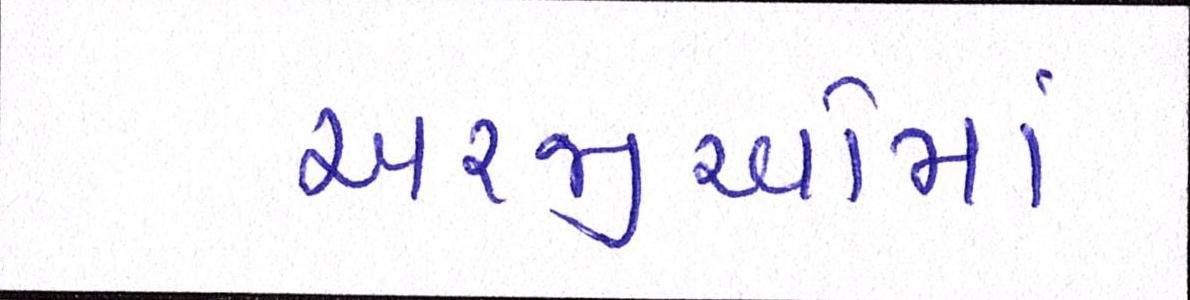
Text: અરજીઓમાં